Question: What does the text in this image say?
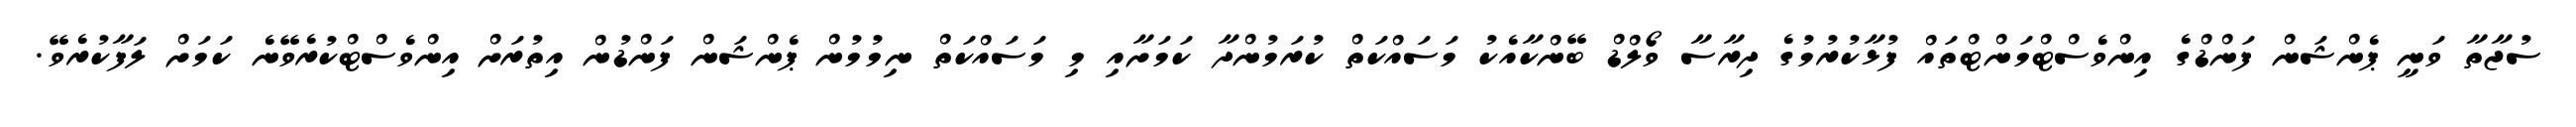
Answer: ސުޖާތާ ވަނީ ޕެންޝަން ފަންޑްގެ އިންވެސްޓްމަންޓްތައް ފުޅާކުރުމުގެ ދިރާސާ ވޯލްޑް ބޭންކާއެކު މަސައްކަތް ކުރަމުންދާ ކަމަށާއި މި މަސައްކަތް ނިމުމުން ޕެންޝަން ފަންޑުން އިތުރަށް އިންވެސްޓްކުރެވޭނެ ކަމަށް ލަފާކުރެވޭ.